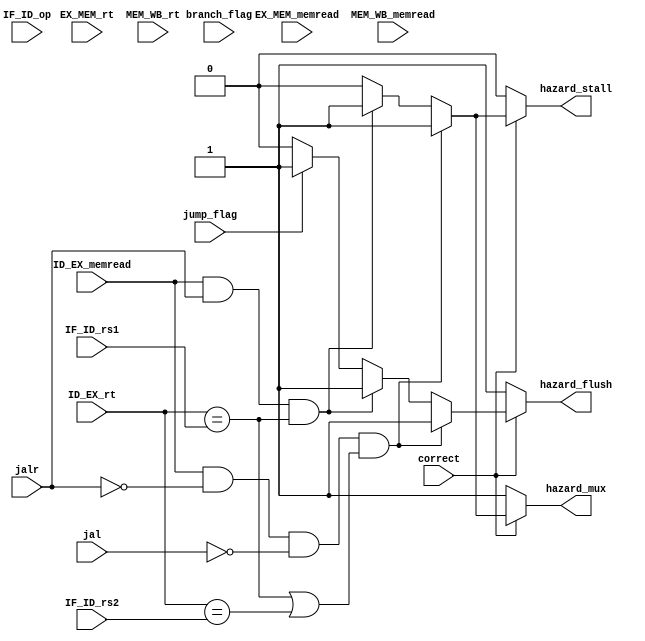
module hazard_process(
    ID_EX_rt,
    IF_ID_rs1,IF_ID_rs2,
    EX_MEM_rt,
    MEM_WB_rt,
    EX_MEM_memread,
    ID_EX_memread,
    MEM_WB_memread,
    jump_flag,
    branch_flag,          // real branch_or_not or jal or jalr 
    // input branch_predict;    // branch prediction 
    IF_ID_op,       // read in OP code 
    jal,
    jalr,
    hazard_stall,
    hazard_flush,
    hazard_mux,
    correct 
);
input [4:0] ID_EX_rt;
input [4:0] IF_ID_rs1,IF_ID_rs2;
input [4:0] EX_MEM_rt;
input [4:0] MEM_WB_rt;
input EX_MEM_memread;
input ID_EX_memread;
input MEM_WB_memread;
input jump_flag;
input branch_flag;          // real branch_or_not or jal or jalr 
// input branch_predict;    // branch prediction 
input [6:0] IF_ID_op;       // read in OP code 
input jal;
input jalr;
output reg hazard_flush, hazard_stall, hazard_mux ;
input correct; 
/*
This function used to detect hazard below.
1. load hazard (stall one cycle)
2. prediction miss hazard (stall one cycle)
3. load followed by a branch (stall two cycle)
*/

always@(*) 
begin
    /*
    if(branch_flag) // predict jump 
    begin
        hazard_stall = 1'b0;
        hazard_flush = 1'b1;
        hazard_mux   = 1'b0; 
    end
    else 
    */
    if (correct == 0 )
    begin
        hazard_stall = 1'b0;
        hazard_flush = 1'b1;
        hazard_mux   = 1'b1; 
    end
    else if(ID_EX_memread && ~jalr && ~jal && (ID_EX_rt == IF_ID_rs1 || ID_EX_rt == IF_ID_rs2) ) // only for load harzard 
    begin 
        hazard_stall = 1'b1;
        hazard_flush = 1'b1;
        hazard_mux = 1'b1;
    end
    else if(ID_EX_memread && jalr  && ID_EX_rt == IF_ID_rs1 ) // only for load harzard 
    begin 
        hazard_stall = 1'b1;
        hazard_flush = 1'b1;
        hazard_mux = 1'b1;
    end
    else if(jump_flag) //jal, jalr 
    begin 
        hazard_stall = 1'b0;
        hazard_flush = 1'b1;
        hazard_mux   = 1'b0;
    end
    else 
    begin
        hazard_stall = 1'b0;
        hazard_flush = 1'b0;
        hazard_mux = 1'b0;
    end
    
end
endmodule